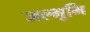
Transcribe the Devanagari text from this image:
जल्भूमि